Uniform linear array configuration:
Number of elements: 16
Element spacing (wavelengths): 0.25
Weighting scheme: hann
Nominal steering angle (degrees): -60
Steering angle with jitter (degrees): -58.133
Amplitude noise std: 0.05
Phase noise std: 0.05

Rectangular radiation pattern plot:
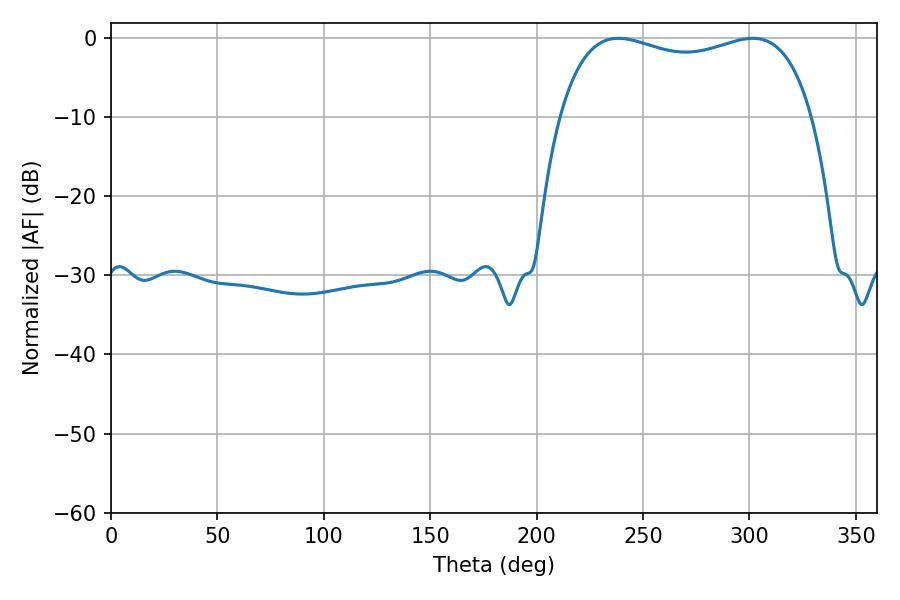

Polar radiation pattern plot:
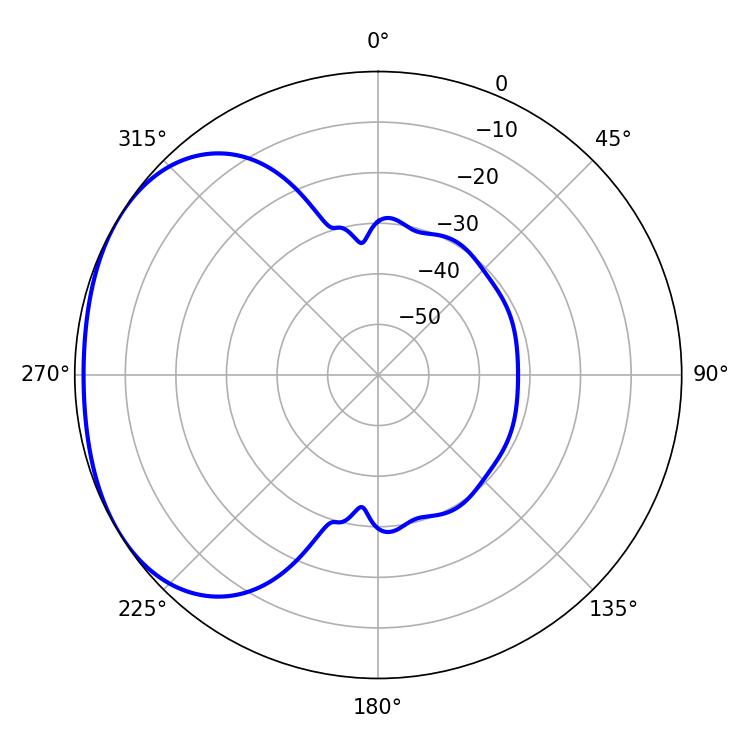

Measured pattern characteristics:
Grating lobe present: FALSE
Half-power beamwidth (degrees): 97.2
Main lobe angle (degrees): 238.5